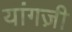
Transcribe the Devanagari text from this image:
यांगज़ी